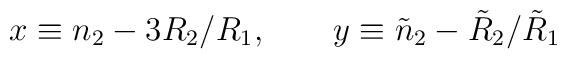
x \equiv n_2 -3R_2/R_1, \qquad y \equiv \tilde{n}_2-\tilde{R}_2/\tilde{R}_1